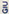
GIU